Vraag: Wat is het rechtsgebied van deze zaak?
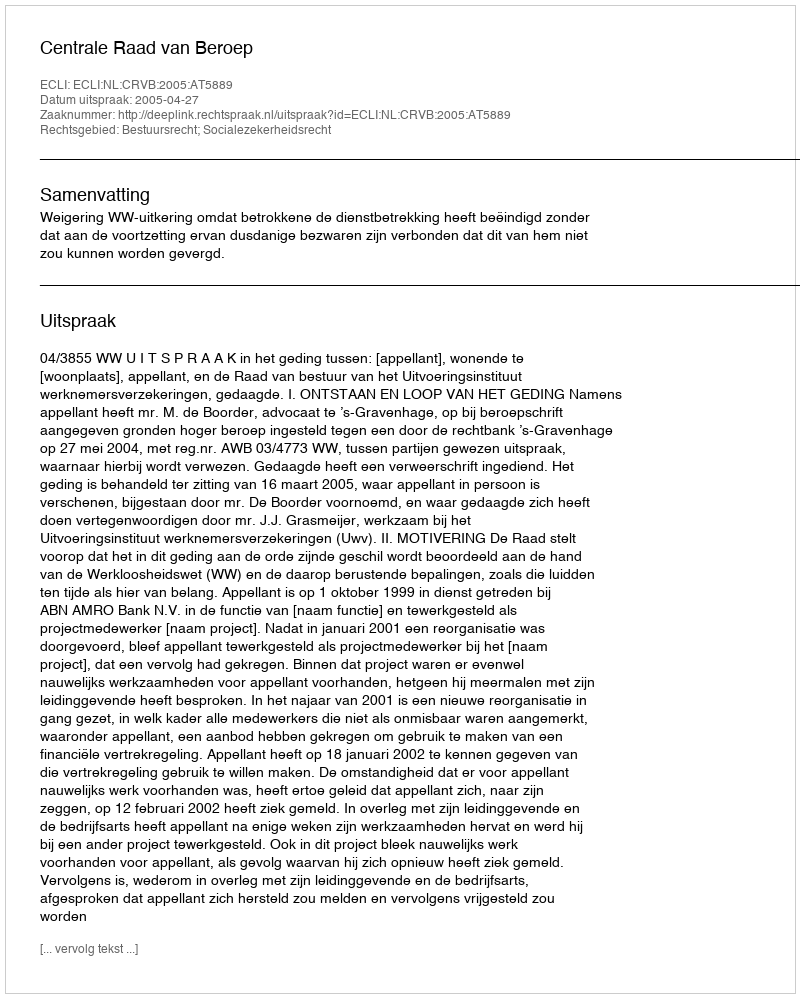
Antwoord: Bestuursrecht; Socialezekerheidsrecht